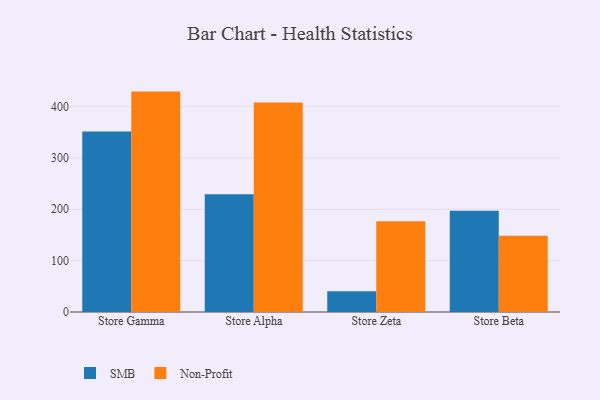
{"axis": {"x": "Store", "y": "Inventory Turnover"}, "legend": ["Non-Profit", "SMB"], "data": [{"x": "Store Gamma", "y": 351.4, "type": "SMB"}, {"x": "Store Gamma", "y": 428.8, "type": "Non-Profit"}, {"x": "Store Alpha", "y": 229.2, "type": "SMB"}, {"x": "Store Alpha", "y": 407.4, "type": "Non-Profit"}, {"x": "Store Zeta", "y": 40.5, "type": "SMB"}, {"x": "Store Zeta", "y": 176.4, "type": "Non-Profit"}, {"x": "Store Beta", "y": 197.1, "type": "SMB"}, {"x": "Store Beta", "y": 148.2, "type": "Non-Profit"}]}